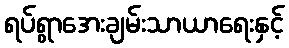
ရပ်ရွာအေးချမ်းသာယာရေးနှင့်